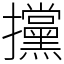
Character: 攩